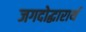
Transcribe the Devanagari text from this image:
जगदोद्धारार्थ